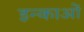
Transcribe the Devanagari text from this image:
इन्काओं